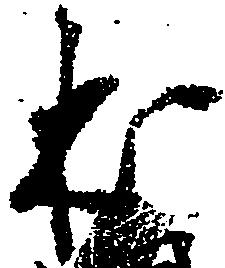
本